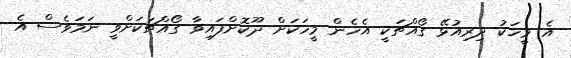
އެ މީހަކު ދިރިއުޅޭ ގޯއްޗަކީ އެހެން މީހަކަށް ދޫކޮށްފައިވާ ގޯއްޗަކަށްވީ ނަމަވެސް އެ